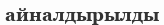
айналдырылды